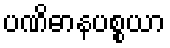
ပဏိဓာနပစ္စယာ